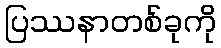
ပြဿနာတစ်ခုကို